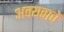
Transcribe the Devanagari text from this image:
अवयवाचे